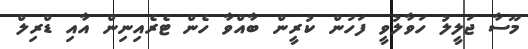
މޫސާ ޖަލީލު ހަވާލުވީ ފަހުން ކުރީން ބާއްވާ ހެން ޓެރެއިނިން އާއި ޑްރިލް